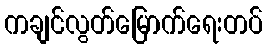
ကချင်လွတ်မြောက်ရေးတပ်